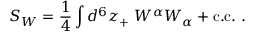
S _ { W } = \frac { 1 } { 4 } \int d ^ { 6 } z _ { + } \ W ^ { \alpha } W _ { \alpha } + \mathrm { c . c . } \ .